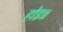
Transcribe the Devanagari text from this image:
होइ॥